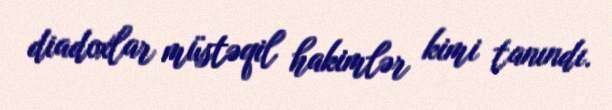
diadoxlar müstəqil hakimlər kimi tanındı.